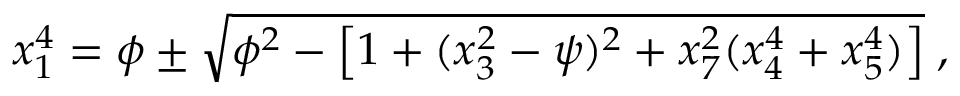
x _ { 1 } ^ { 4 } = \phi \pm \sqrt { \phi ^ { 2 } - \left[ 1 + ( x _ { 3 } ^ { 2 } - \psi ) ^ { 2 } + x _ { 7 } ^ { 2 } ( x _ { 4 } ^ { 4 } + x _ { 5 } ^ { 4 } ) \right] } \; ,